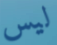
ليس